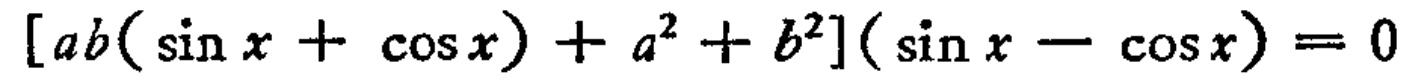
\([ab(\sin x + \cos x) + a^{2} + b^{2}](\sin x - \cos x) = 0\)